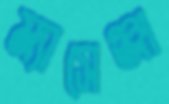
ম্যাসেঞ্জা